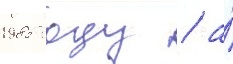
1985 году / а́